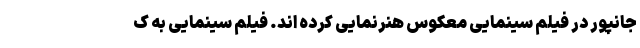
جانپور در فیلم سینمایی معکوس هنرنمایی کرده اند. فیلم سینمایی به ک